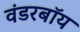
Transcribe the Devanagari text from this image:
वंडरबॉय